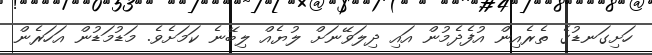
ހަށިގަނޑުގެ ތެރެއިން އުފެދެމުން އައި ދިލަވޭނަށް ލުޔެއް ލިބޭނެ ކަމަށެވެ. މަޑުމަޑުން އަހަރެން